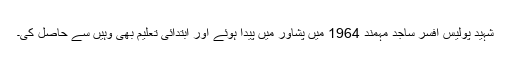
شہید پولیس افسر ساجد مہمند 1964 میں پشاور میں پیدا ہوئے اور ابتدائی تعلیم بھی وہیں سے حاصل کی۔